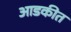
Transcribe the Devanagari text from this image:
आडकीत